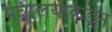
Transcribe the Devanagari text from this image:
मंत्रालयाकडून